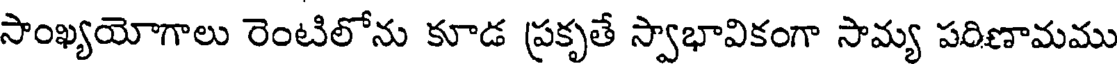
సాంఖ్యయోగాలు రెంటిలోను కూడ ప్రకృతే స్వాభావికంగా సామ్య పరిణామము